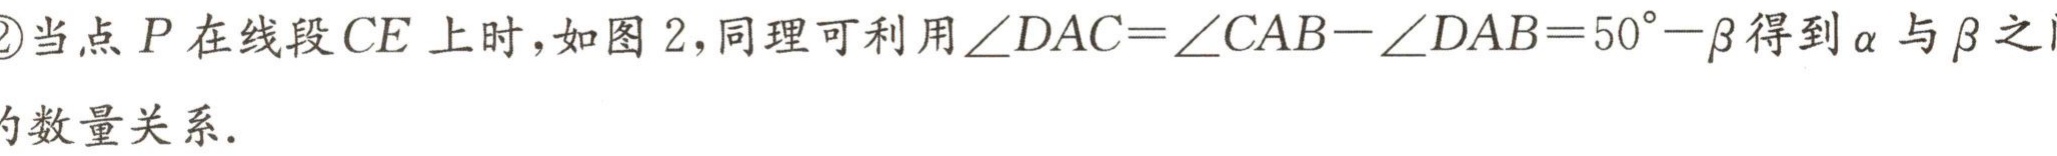
\textcircled{2}当点\(P\)在线段\(CE\)上时，如图 \(2\)，同理可利用\(\angle DAC = \angle CAB-\angle DAB = 50^{\circ}-\beta\)得到\(\alpha\)与\(\beta\)之
的数量关系.